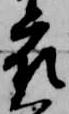
衣